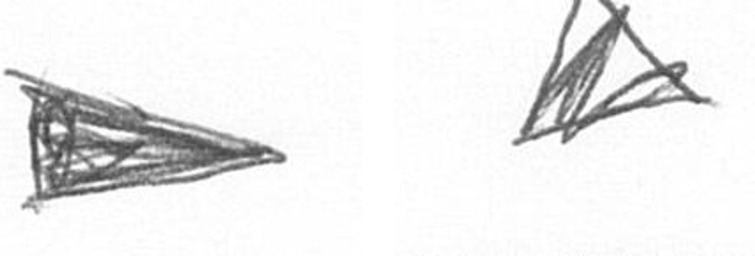
T O